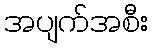
အပျက်အစီး